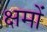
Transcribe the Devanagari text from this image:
क्षमों